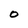
Character: O